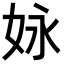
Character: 𡛻